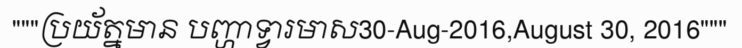
"""ប្រយ័ត្នមាន បញ្ហាទ្វារមាស30-Aug-2016,August 30, 2016"""